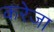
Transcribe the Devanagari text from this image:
करेजा